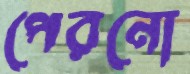
পেরনো